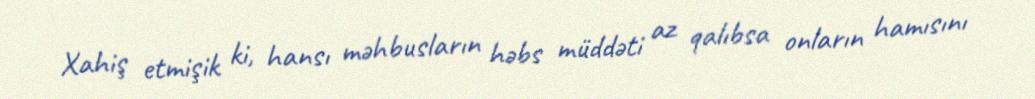
Xahiş etmişik ki, hansı məhbusların həbs müddəti az qalıbsa onların hamısını